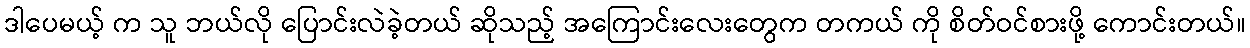
ဒါပေမယ့် က သူ ဘယ်လို ပြောင်းလဲခဲ့တယ် ဆိုသည့် အကြောင်းလေးတွေက တကယ် ကို စိတ်ဝင်စားဖို့ ကောင်းတယ်။